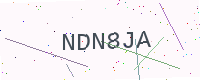
Text: NDN8JA